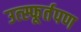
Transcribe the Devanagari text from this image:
उत्स्फूर्तपण